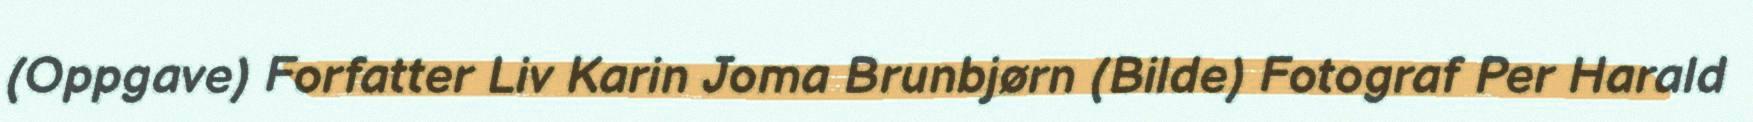
(Oppgave) Forfatter Liv Karin Joma Brunbjørn (Bilde) Fotograf Per Harald